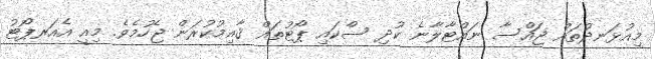
މިއުޅަނދުތައް ޖައްސާ ނައްޓާލާނެ ކުދި ސްކައި ޕޯޓުތައް ޤާއިމުކުރަން ޖެހުމެވެ. މިއީ އެއަރޕޯޓު